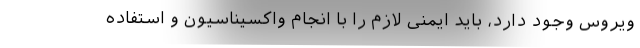
ویروس وجود دارد، باید ایمنی لازم را با انجام واکسیناسیون و استفاده